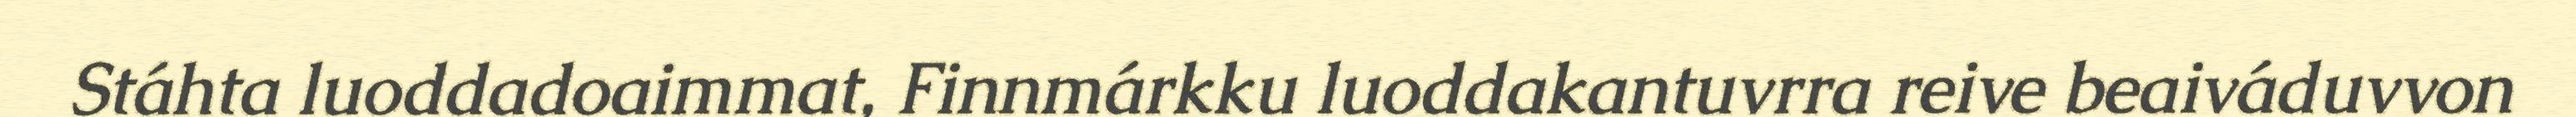
Stáhta luoddadoaimmat, Finnmárkku luoddakantuvrra reive beaiváduvvon